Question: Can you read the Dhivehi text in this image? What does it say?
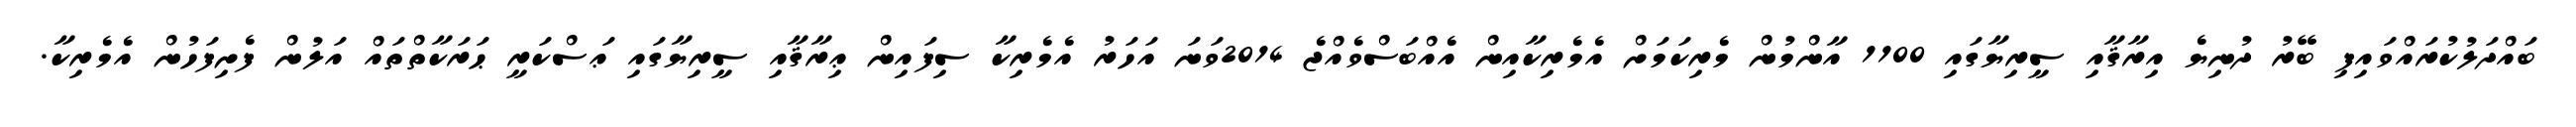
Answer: ބައްދަލުކުރައްވައިފި ބޭރު ދުނިޔެ އިރާޤާއި ސީރިޔާގައި 1100 އާންމުން މެރިކަމަށް އެމެރިކާއިން އެއްބަސްވެއްޖެ 2014ވަނަ އަހަރު އެމެރިކާ ސިފައިން ޢިރާޤާއި ސީރިޔާގައި ޢަސްކަރީ ޙަރަކާތްތައް އަލުން ފެށިފަހުން އެމެރިކާ.